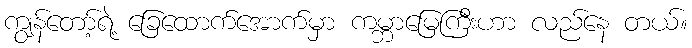
ကျွန်တော့်ရဲ့ ခြေထောက်အောက်မှာ ကမ္ဘာမြေကြီးဟာ လည်နေ တယ်။